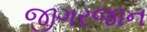
જીગરજાન